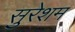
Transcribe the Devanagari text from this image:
सुरेशम